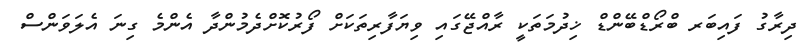
ދިރާގު ފައިބަރ ބްރޯޑްބޭންޑް ޚިދުމަތަކީ ރާއްޖޭގައި ވިޔަފާރިތަކަށް ފޯރުކޮށްދެމުންދާ އެންމެ ގިނަ އެލަވަންސް